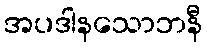
အပဒါနသောဘနီ